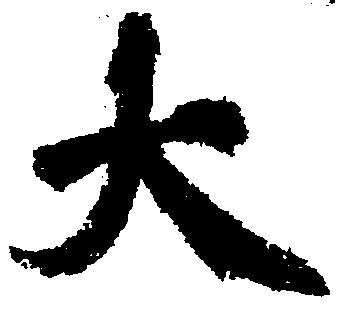
大